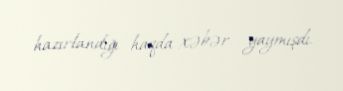
hazırlandığı haqda xəbər yaymışdı.